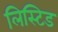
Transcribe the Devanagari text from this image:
लिस्टिड